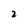
Character: 2